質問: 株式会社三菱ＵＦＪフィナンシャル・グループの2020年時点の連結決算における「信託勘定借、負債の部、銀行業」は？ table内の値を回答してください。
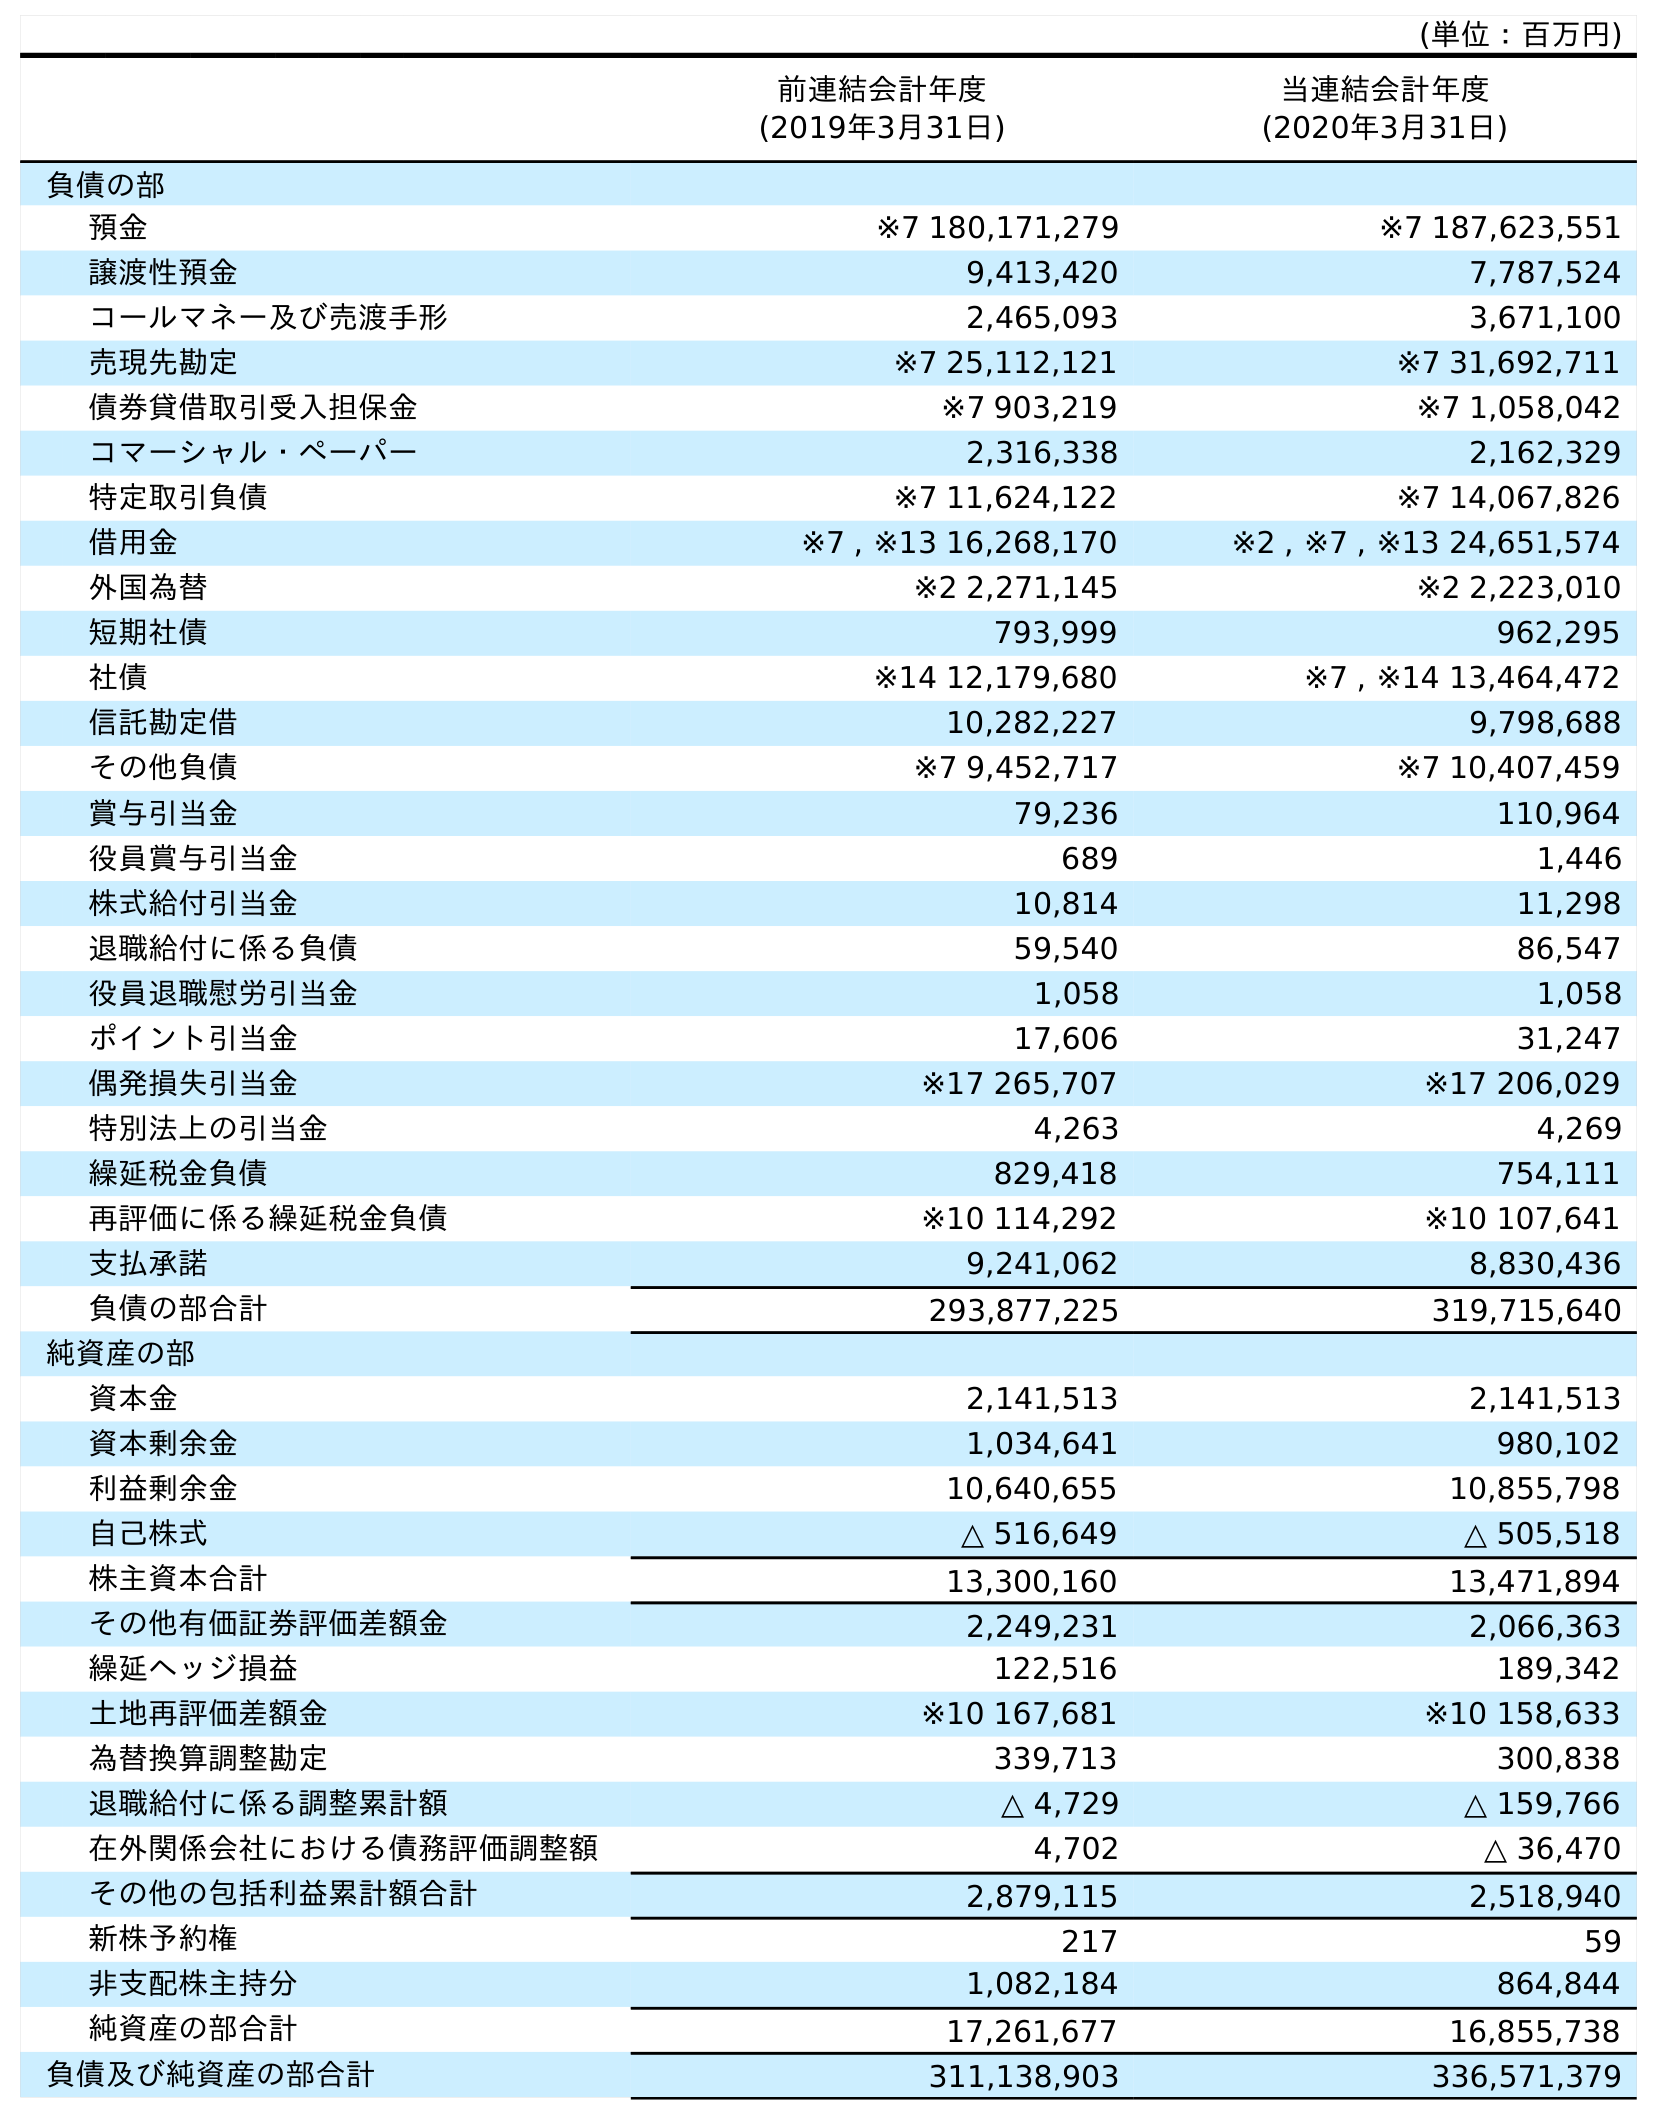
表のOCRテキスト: (単位：百万円) 前連結会計年度 (2019年3月31日) 当連結会計年度 (2020年3月31日) 負債の部 預金 ※7 180,171,279 ※7 187,623,551 譲渡性預金 9,413,420 7,787,524 コールマネー及び売渡手形 2,465,093 3,671,100 売現先勘定 ※7 25,112,121 ※7 31,692,711 債券貸借取引受入担保金 ※7 903,219 ※7 1,058,042 コマーシャル・ペーパー 2,316,338 2,162,329 特定取引負債 ※7 11,624,122 ※7 14,067,826 借用金 ※7 , ※13 16,268,170 ※2 , ※7 , ※13 24,651,574 外国為替 ※2 2,271,145 ※2 2,223,010 短期社債 793,999 962,295 社債 ※14 12,179,680 ※7 , ※14 13,464,472 信託勘定借 10,282,227 9,798,688 その他負債 ※7 9,452,717 ※7 10,407,459 賞与引当金 79,236 110,964 役員賞与引当金 689 1,446 株式給付引当金 10,814 11,298 退職給付に係る負債 59,540 86,547 役員退職慰労引当金 1,058 1,058 ポイント引当金 17,606 31,247 偶発損失引当金 ※17 265,707 ※17 206,029 特別法上の引当金 4,263 4,269 繰延税金負債 829,418 754,111 再評価に係る繰延税金負債 ※10 114,292 ※10 107,641 支払承諾 9,241,062 8,830,436 負債の部合計 293,877,225 319,715,640 純資産の部 資本金 2,141,513 2,141,513 資本剰余金 1,034,641 980,102 利益剰余金 10,640,655 10,855,798 自己株式 △ 516,649 △ 505,518 株主資本合計 13,300,160 13,471,894 その他有価証券評価差額金 2,249,231 2,066,363 繰延ヘッジ損益 122,516 189,342 土地再評価差額金 ※10 167,681 ※10 158,633 為替換算調整勘定 339,713 300,838 退職給付に係る調整累計額 △ 4,729 △ 159,766 在外関係会社における債務評価調整額 4,702 △ 36,470 その他の包括利益累計額合計 2,879,115 2,518,940 新株予約権 217 59 非支配株主持分 1,082,184 864,844 純資産の部合計 17,261,677 16,855,738 負債及び純資産の部合計 311,138,903 336,571,379
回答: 9,798,688